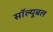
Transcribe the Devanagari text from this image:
सॉल्यूबल